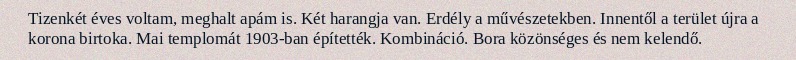
Tizenkét éves voltam, meghalt apám is. Két harangja van. Erdély a művészetekben. Innentől a terület újra a korona birtoka. Mai templomát 1903-ban építették. Kombináció. Bora közönséges és nem kelendő.